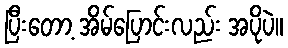
ပြီးတော့ အိမ်ပြောင်းလည်း အပိုပဲ။